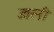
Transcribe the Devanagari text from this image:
उतरनी